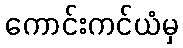
ကောင်းကင်ယံမှ